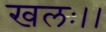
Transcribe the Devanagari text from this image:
खलः।।